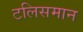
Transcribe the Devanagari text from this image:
टलिसमान